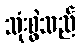
သုံးစွဲသည်